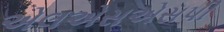
એલએસએસપી